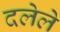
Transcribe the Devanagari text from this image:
दलेले